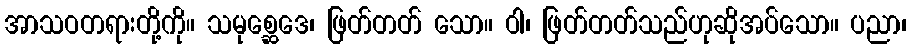
အာသဝတရားတို့ကို။ သမုစ္ဆေဒေ၊ ဖြတ်တတ် သော။ ဝါ၊ ဖြတ်တတ်သည်ဟုဆိုအပ်သော။ ပညာ၊